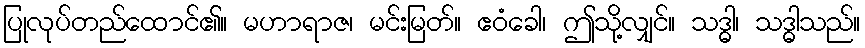
ပြုလုပ်တည်ထောင်၏။ မဟာရာဇ၊ မင်းမြတ်။ ဧဝံခေါ၊ ဤသို့လျှင်။ သဒ္ဓါ၊ သဒ္ဓါသည်။